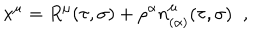
x ^ { \mu } = R ^ { \mu } ( \tau , \sigma ) + \rho ^ { \alpha } n _ { ( \alpha ) } ^ { \mu } ( \tau , \sigma ) \; \; ,